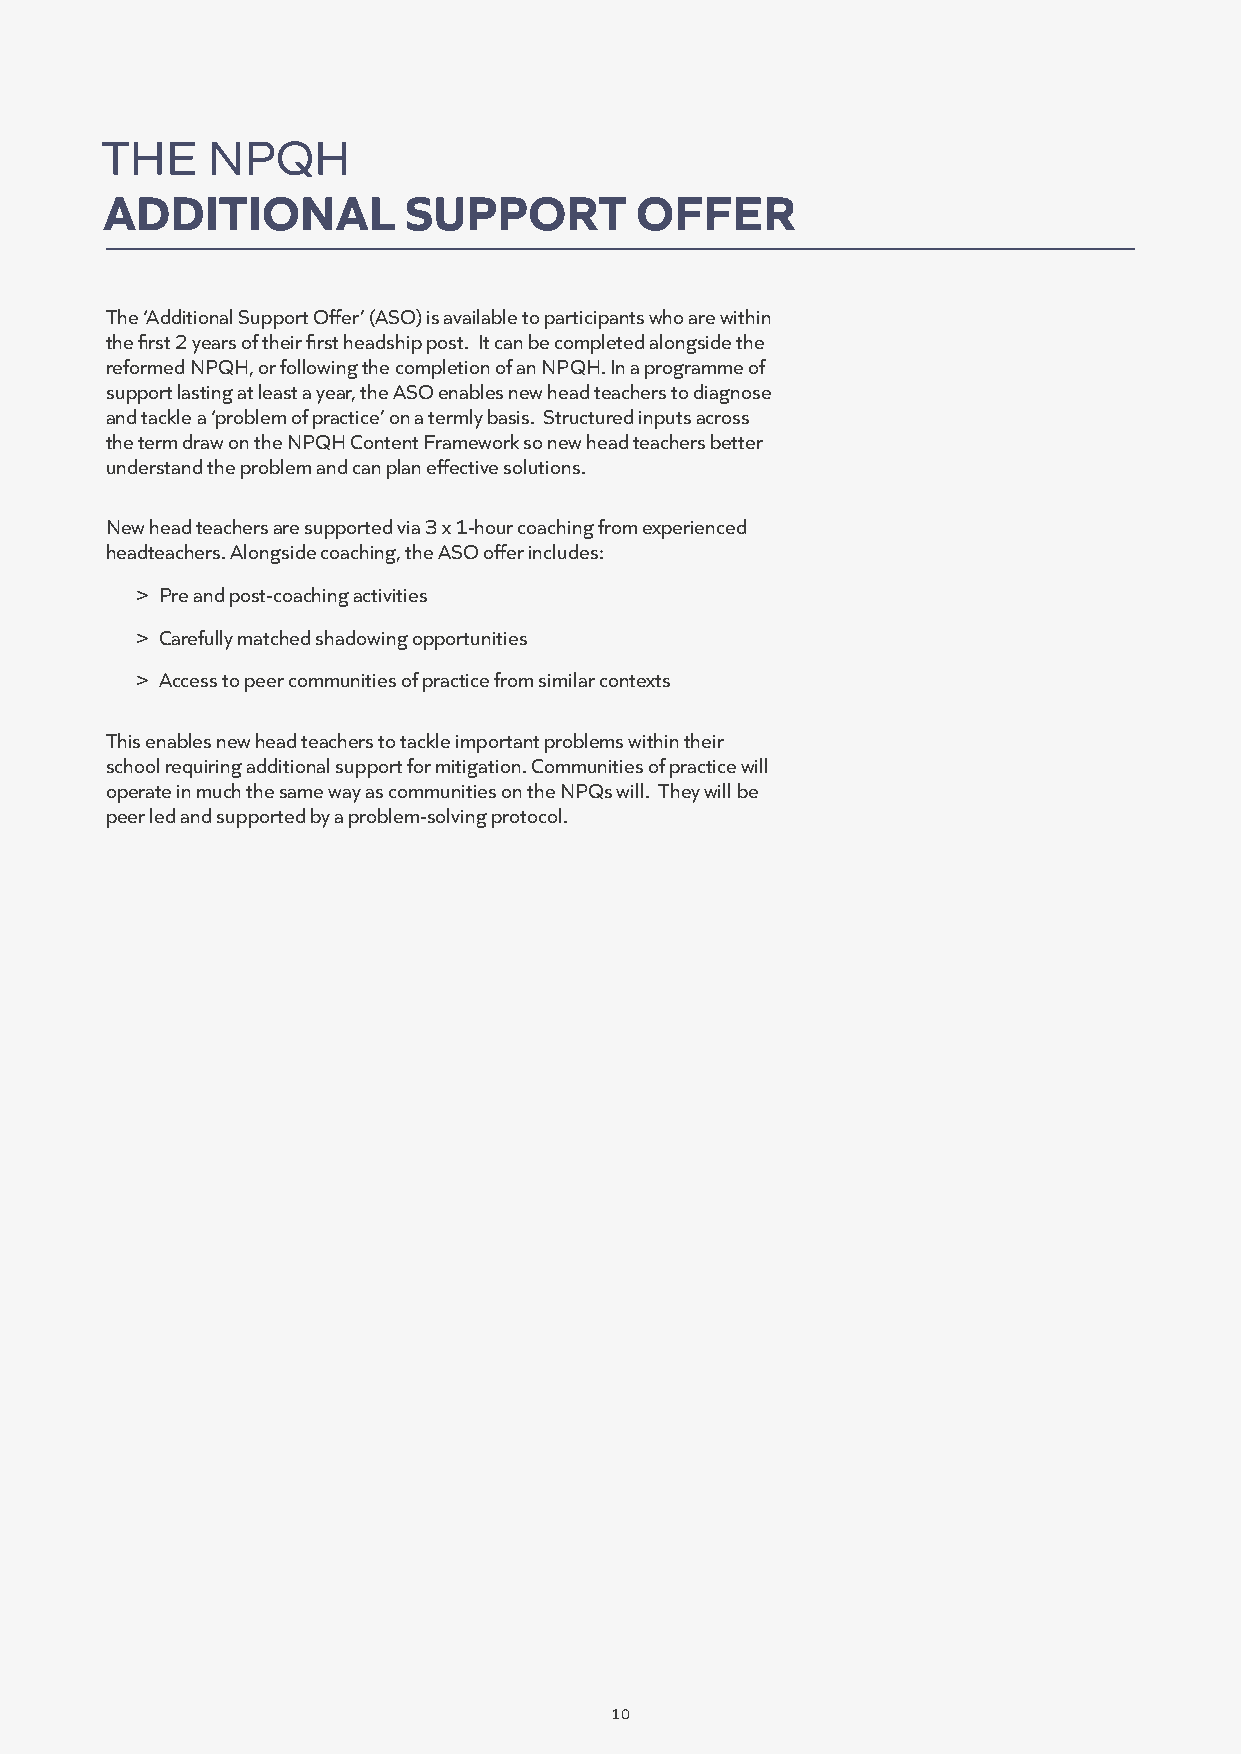
THE    NPQH
 ADDITIONAL          SUPPORT        OFFER
 The ‘Additional Support Offer’ (ASO) is available to participants who are within
 the first 2 years of their first headship post. It can be completed alongside the
 reformed NPQH, or following the completion of an NPQH. In a programme of
 support lasting at least a year, the ASO enables new head teachers to diagnose
 and tackle a ‘problem of practice’ on a termly basis. Structured inputs across
 the term draw on the NPQH Content Framework so new head teachers better
 understand the problem and can plan effective solutions.
 New head teachers are supported via 3 x 1-hour coaching from experienced
 headteachers. Alongside coaching, the ASO offer includes:
 > Pre and post-coaching activities
 > Carefully matched shadowing opportunities
 > Access to peer communities of practice from similar contexts
 This enables new head teachers to tackle important problems within their
 school requiring additional support for mitigation. Communities of practice will
 operate in much the same way as communities on the NPQs will. They will be
 peer led and supported by a problem-solving protocol.
 10